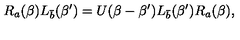
R _ { a } ( \beta ) L _ { \bar { b } } ( \beta ^ { \prime } ) = U ( \beta - \beta ^ { \prime } ) L _ { \bar { b } } ( \beta ^ { \prime } ) R _ { a } ( \beta ) ,